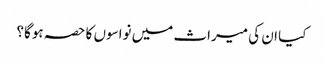
کیا ان کی میراث میں نواسوں کا حصہ ہوگا؟